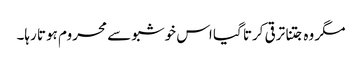
مگر وہ جتنا ترقی کرتا گیا اس خوشبو سے محروم ہوتا رہا۔